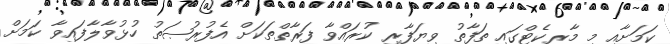
ކަމަށާއި މި މާރކެޓްގައި ތަފާތު ވިޔަފާރި ކުރައްވާ ފަރާތްތަކަށް އެފުރުޞަތު ހުޅުވާލާފައިވާ ކަމަށް